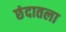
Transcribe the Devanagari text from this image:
छंदातला